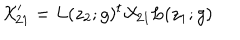
{ \cal X } _ { 2 1 } ^ { \prime } = L ( z _ { 2 } ; g ) ^ { t } { \cal X } _ { 2 1 } L ( z _ { 1 } ; g ) ~ ~